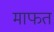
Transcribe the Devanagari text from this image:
माफत